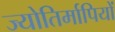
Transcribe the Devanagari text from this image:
ज्योतिर्मापियों